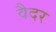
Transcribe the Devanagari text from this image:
वैदर